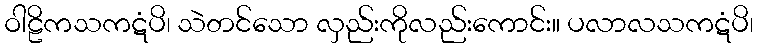
ဝါဠိကသကဋံပိ၊ သဲတင်သော လှည်းကိုလည်းကောင်း။ ပလာလသကဋံပိ၊